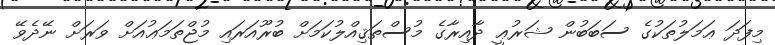
މިފަދަ ޢަމަލުތަކުގެ ސަބަބުން ޝަރުޢީ ދާއިރާގެ މުސްތަޤިއްލުކަމަށް ބުރޫއަރައި މުޖްތަމަޢުއަށް ވަރަށް ނޭދެވޭ